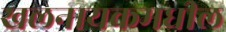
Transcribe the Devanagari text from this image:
खलनायकमधील